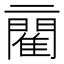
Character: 𨶄